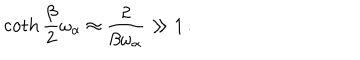
\coth { \frac { \beta } { 2 } } \omega _ { \alpha } \approx { \frac { 2 } { \beta \omega _ { \alpha } } } \gg 1 \, .